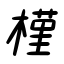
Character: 槿